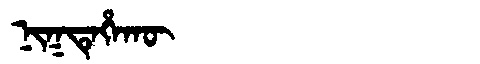
Manchu: ᠨᡳᡴᡨᡝᡥᠠᡴᡡ
Romanization: NIKTEHAKŪ